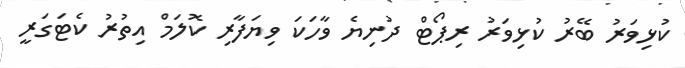
ކުޅިވަރު ބޭރު ކުޅިވަރު ރިޕޯޓް ދުނިޔެ ވާހަކަ ވިޔަފާރި ކޮލަމް އިތުރު ކެޓަގަރީ